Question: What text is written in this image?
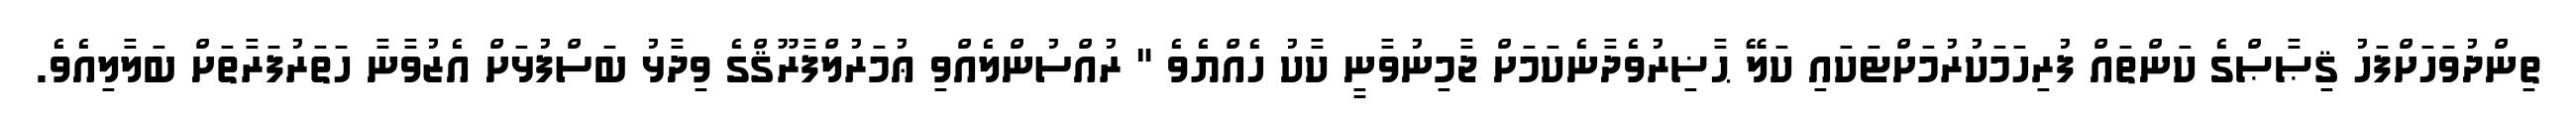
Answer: ތިންދުވަހަށްފަހު ޤިޞާޞްގެ ކަންތައް ފުރިހަމަކުރުމަށްޓަކައި ކަލޭ ޙާޟިރުވެދާނެކަމަށް ޖާމިނުވާނީ ކާކު ހެއްޔެވެ " ރުއްސުންލެއްވި ޢުމަރުލްފާރޫޤްގެ ވިދާޅު ބަސްފުޅަށް އެޒުވާނާ ހަތަރުފަރާތަށް ބަލާލިއެވެ.